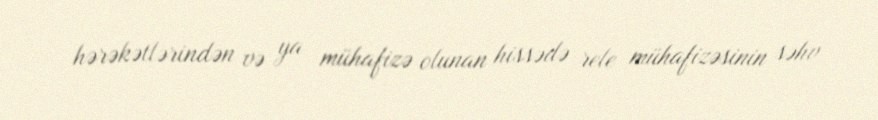
hərəkətlərindən və ya mühafizə olunan hissədə rele mühafizəsinin səhv